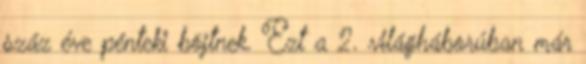
száz éve pénteki böjtnek. Ezt a 2. világháborúban már